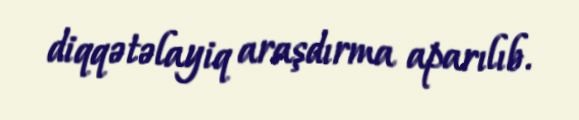
diqqətəlayiq araşdırma aparılıb.